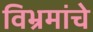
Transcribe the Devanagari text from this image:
विभ्रमांचे